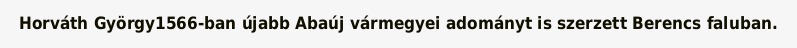
Horváth György1566-ban újabb Abaúj vármegyei adományt is szerzett Berencs faluban.